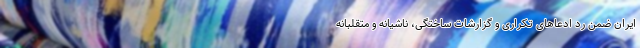
ایران ضمن رد ادعاهای تکراری و گزارشات ساختگی، ناشیانه و متقلبانه